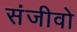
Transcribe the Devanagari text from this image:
संजीवो